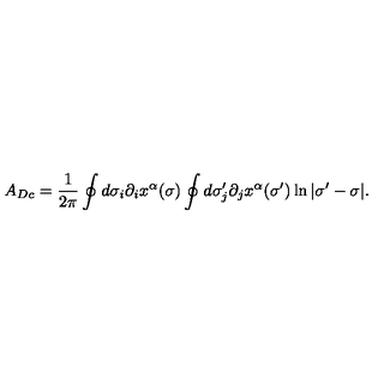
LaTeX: A _ { D c } = \frac { 1 } { 2 \pi } \oint d \sigma _ { i } \partial _ { i } x ^ { \alpha } ( \sigma ) \oint d \sigma _ { j } ^ { \prime } \partial _ { j } x ^ { \alpha } ( \sigma ^ { \prime } ) \ln | \sigma ^ { \prime } - \sigma | .